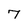
Character: 7